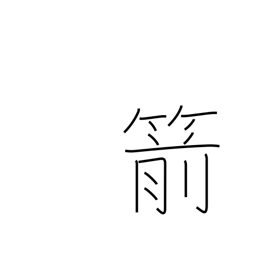
Meaning: arrow